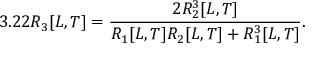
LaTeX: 3 . 2 2 R _ { 3 } [ L , T ] = \frac { 2 R _ { 2 } ^ { 3 } [ L , T ] } { R _ { 1 } [ L , T ] R _ { 2 } [ L , T ] + R _ { 1 } ^ { 3 } [ L , T ] } .